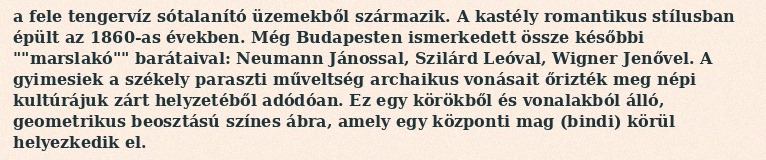
a fele tengervíz sótalanító üzemekből származik. A kastély romantikus stílusban épült az 1860-as években. Még Budapesten ismerkedett össze későbbi ""marslakó"" barátaival: Neumann Jánossal, Szilárd Leóval, Wigner Jenővel. A gyimesiek a székely paraszti műveltség archaikus vonásait őrizték meg népi kultúrájuk zárt helyzetéből adódóan. Ez egy körökből és vonalakból álló, geometrikus beosztású színes ábra, amely egy központi mag (bindi) körül helyezkedik el.